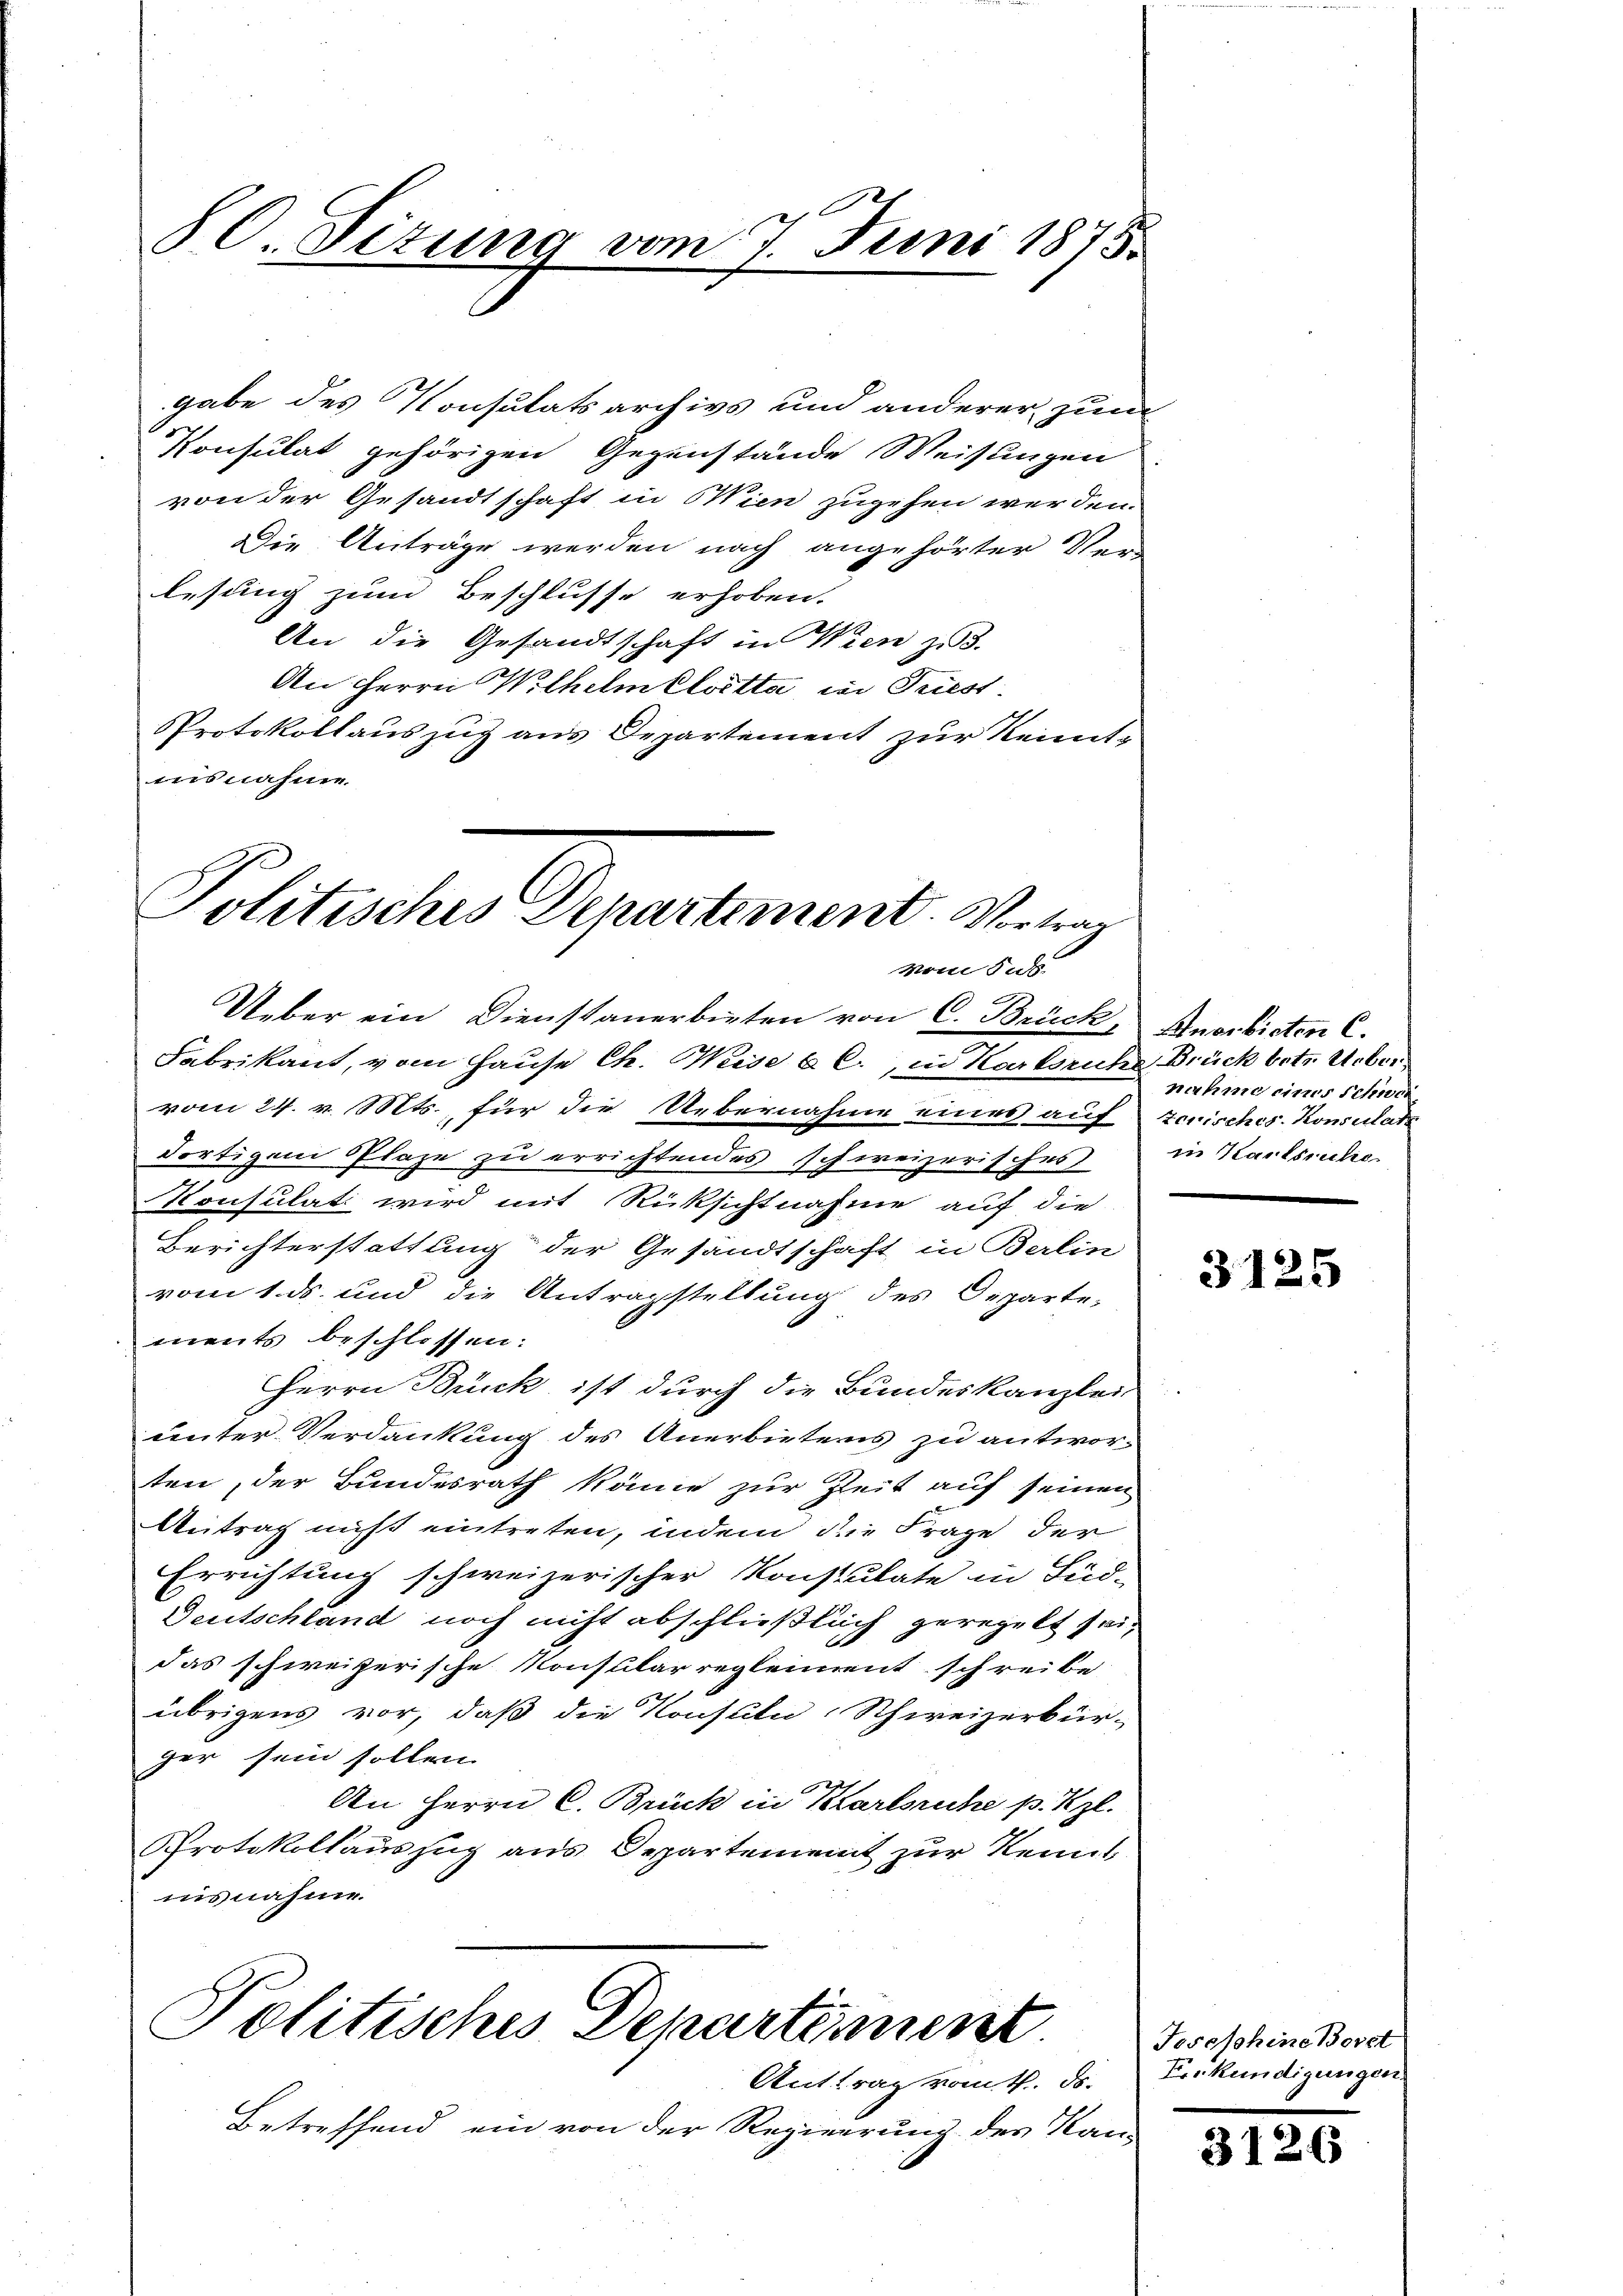
.
80. Situng vom 7. Juni 1875.

gabe des Konsulatsarchivs und anderer zum
Ponsulat gehörigen Gegenstände Weisungen
von der Gesandtschaft in Wien zugehen werden.
Die Anträge werden nach angehörter Ver-
lesung zum Beschlusse erhoben.
An die Gesandtschaft in Wien zu 3.
An Herrn Wilhelmelotta in Triest.
Protokollauszug aus Departement zur Kenntausnahme

Politisches Departement. Vertrag
Mom Sub.

Ueber ein Dienstanerbieten von C. Brück, Anerbieten C.
Fabrikant, vom Hause Ch. Weise b C., in Karlsruhe Brück betr. Ueber
vom 24. v. Mts., für die Uebernahme eines auf zerisches Konsidats
dortigem Plaze zu errichtendes schweizerisches
Konsulati wird mit Rücksichtnahme auf die
Berichterstattung der Gesandtschaft in Berlin
vom 1. ds. und die Antragstellung des Departe-
ments beschlossen:
Herrn Brück ist durch die Bundeskanzlei
unter Verdankung des Anerbietens zu antwor-
ten, der Bundesrath könne zur Zeit auf seinen
Antrag nicht eintreten, indem die Frage der
Errichtung schweizerischer Konsulate in Süd-
Deutschland noch nicht abschließlich geregelt sein
das schweizerische Konsularregleiment schreibe
übrigens vor, daß die Konsuln Schweizerbür-
ger sein sollen.
An Herrn C. Brück in Karlsruhe p. Kzl.
Protokollauszug aus Departement zur Kennt
insnahme.

Politisches Departement

Anttrag vom 4. ds.
Betreffend ein von der Regierung des Kan-

nahme eines Schwer
in Karlsruhe

3125

Josephine Borst
Erkundigungen

37